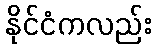
နိုင်ငံကလည်း